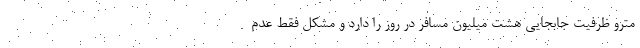
مترو ظرفیت جابجایی هشت میلیون مسافر در روز را دارد و مشکل فقط عدم